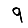
Digit: 9